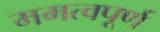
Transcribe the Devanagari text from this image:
ममत्वपूर्ण